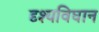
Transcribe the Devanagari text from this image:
दृश्यविघान